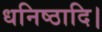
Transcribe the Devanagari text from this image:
धनिष्ठादि।